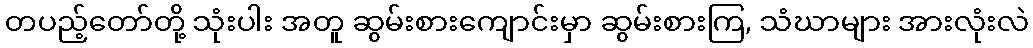
တပည့်တော်တို့ သုံးပါး အတူ ဆွမ်းစားကျောင်းမှာ ဆွမ်းစားကြ, သံဃာများ အားလုံးလဲ